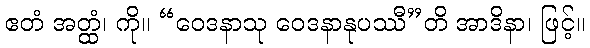
ဧတံ အတ္ထံ၊ ကို။ “ဝေဒနာသု ဝေဒနာနုပဿီ”တိ အာဒိနာ၊ ဖြင့်။